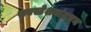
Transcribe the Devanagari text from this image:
सबस्टेशनांमधून